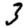
Digit: 3